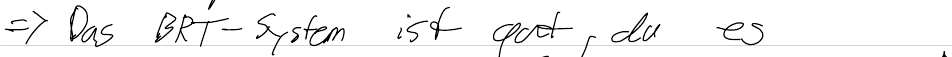
=> Das BRT-System ist gut, da es